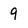
Character: 9